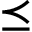
\preceq